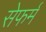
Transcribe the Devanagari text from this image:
सेफर्म